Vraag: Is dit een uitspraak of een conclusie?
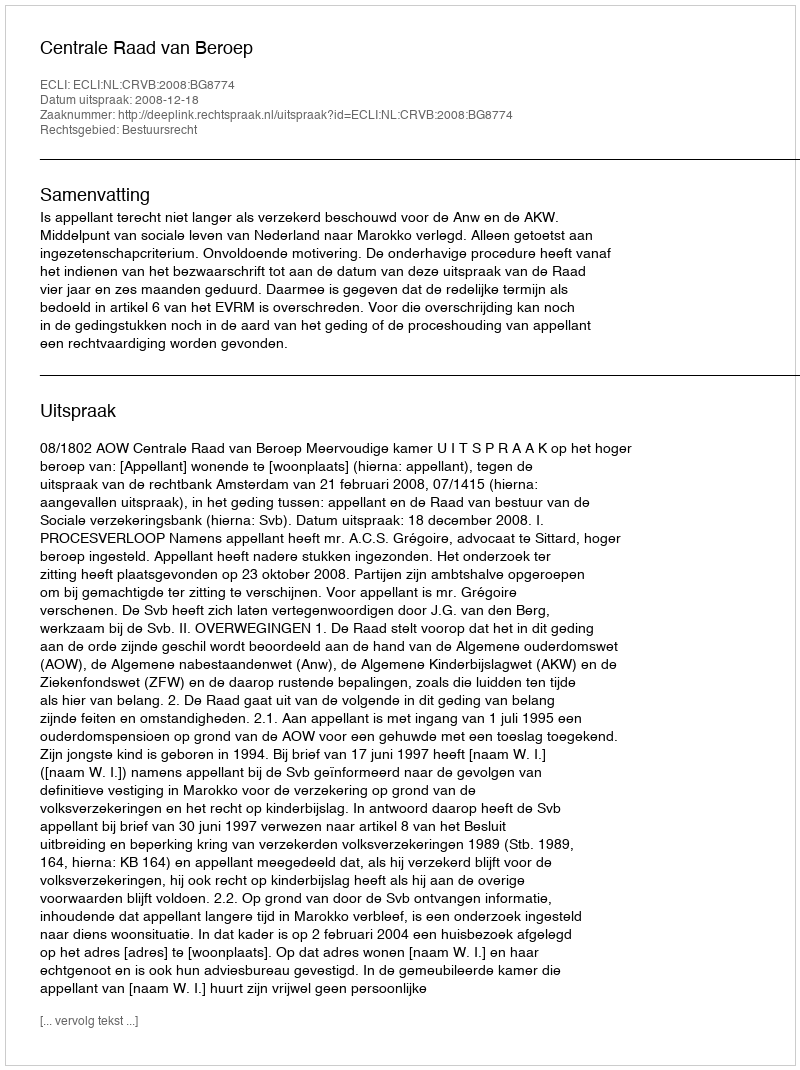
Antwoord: Uitspraak